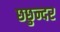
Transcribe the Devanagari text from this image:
छछुन्दर